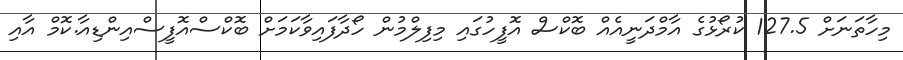
މިހާތަނަށް 127.5 ކުރޯޅުގެ އާމްދަނީއެއް ބޮކްސް އޮފީހުގައި މިފިލްމުން ހޯދާފައިވާކަމަށް ބޮކްސްއޮފީސްއިންޑިއާ.ކޮމް އާއި